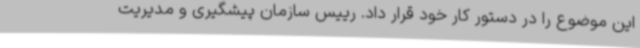
این موضوع را در دستور کار خود قرار داد. رییس سازمان پیشگیری و مدیریت